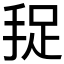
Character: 𱟻